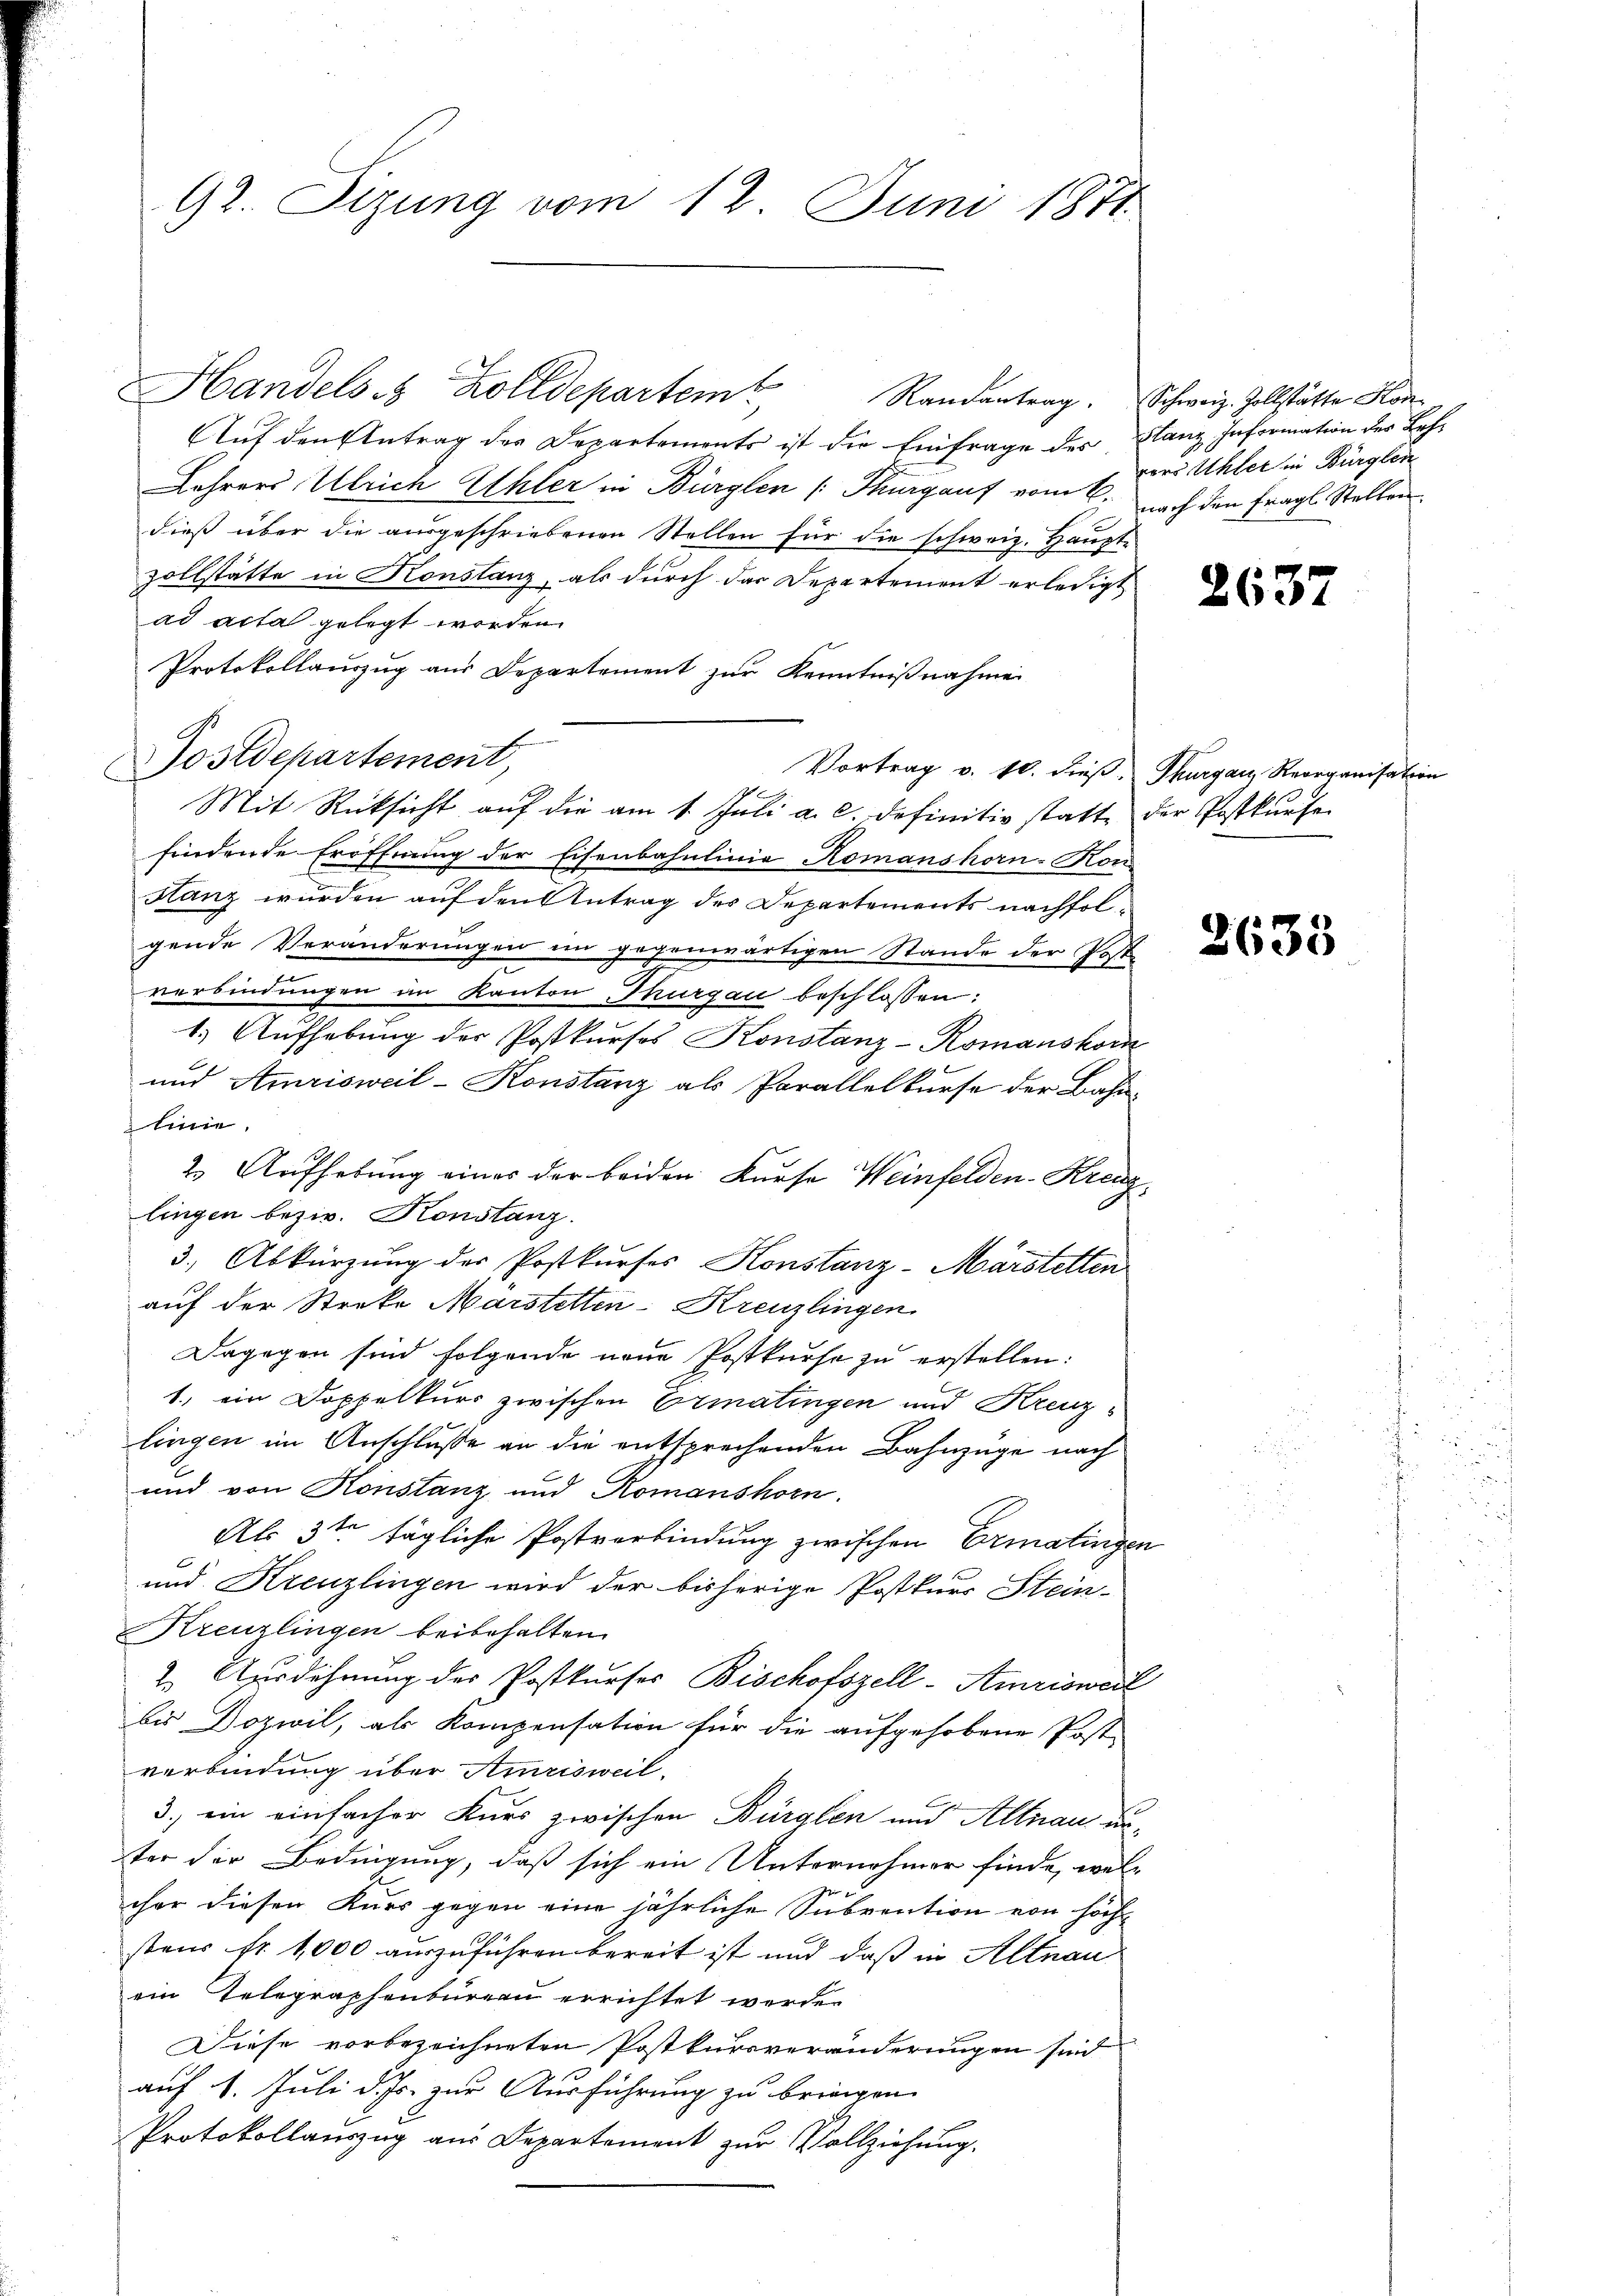
92. Sizung vom 12. Juni 1871.

Handels Zolldepartem Randantrag. Schweiz. Zollstätte Hon¬
Auf den Antrag des Departements ist die Einfrage des Glanz Information der Leh¬
Lehrers Ulrich Uhler in Bürglen Thurgauf vom 6. nach den fragl. Stellen
dieß über die ausgeschriebenen Stellen für die schweiz. Haupte
zollstätte in Konstanz, als durch das Departement erledigt
ad acta gelegt werden.
Protokollauszug aus Departement zur Kenntnißnahme
Postdepartement,
Vortrag v. 10. dieβ, Thurganz Reorganisation
Mit Rücksicht auf die am 1. Juli a. c. definitiv statt der Postkaufe
findende Eröffnung der Eisenbahnlinie Komanshorn-Mon
Stanz wurden auf den Antrag des Departements nachfolgende Veränderungen im gegenwärtigen Stande der Post
verbindungen im Kanton Thurgau beschlossen:
e
1) Aufhebung der Postkurses Konstanz-Romanskom
und Amrisweil-Konstanz als Parallelkurse der Bahn-
linie
2. Aufhebung eines der beiden Kurse Weinfelden-Krenzlingen bezw. Konstanz.
3.) Abkürzung der Postkurses Konstanz-Märstetten
auf der Streke Marstetten-Kreuzlingen
Dagegen sind folgende neue Postkurse zu erstellen:
1. ein Doppelkurs zwischen Ermatingen und Krenzlingen im Anschlusse an die entsprechenden Bahnzüge nach
und von Konstanz und Romanshorn.
Als 3ten tägliche Postverbindung zwischen Ermatingen
und Kreuzlingen wird der bisherige Postkurs Stein-
Kreuzlingen beibehalten.
2. Ausdehnung der Postkurses Bischofszell-Amrisweil
bis Dozwil, als Kompensation für die aufgehobene Post-
verbindung über Amrisweil.
3.) ein einfacher Kurs zwischen Bürglen und Altnau unster der Bedingung, daß sich ein Unternehmer finde, welcher diesen Kurs gegen eine jährliche Subvention von höch-
stens fr. 1,000 auszuführen bereit ist und daß in Altnau
ein Gelegraphenbureau errichtet werde.
Diese vorbezeichneten Postkursveränderungen sind
auf 1. Juli d. Js. zur Ausführung zu bringen.
Protokollauszug aus Departement zur Vollziehung.

rers Ahler in Bürglen

2637

2635